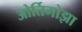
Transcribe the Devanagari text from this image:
ओर्तिगोझा